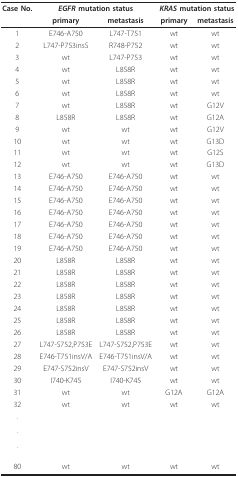
<table><thead><tr><td><b>Case No.</b></td><td colspan="2"><b><i>EGFR </i>mutation status</b></td><td colspan="2"><b><i>KRAS </i>mutation status</b></td></tr><tr><td></td><td><b>primary</b></td><td><b>metastasis</b></td><td><b>primary</b></td><td><b>metastasis</b></td></tr></thead><tbody><tr><td>1</td><td>E746-A750</td><td>L747-T751</td><td>wt</td><td>wt</td></tr><tr><td>2</td><td>L747-P753insS</td><td>R748-P752</td><td>wt</td><td>wt</td></tr><tr><td>3</td><td>wt</td><td>L747-P753</td><td>wt</td><td>wt</td></tr><tr><td>4</td><td>wt</td><td>L858R</td><td>wt</td><td>wt</td></tr><tr><td>5</td><td>wt</td><td>L858R</td><td>wt</td><td>wt</td></tr><tr><td>6</td><td>wt</td><td>L858R</td><td>wt</td><td>wt</td></tr><tr><td>7</td><td>wt</td><td>L858R</td><td>wt</td><td>G12V</td></tr><tr><td>8</td><td>L858R</td><td>L858R</td><td>wt</td><td>G12A</td></tr><tr><td>9</td><td>wt</td><td>wt</td><td>wt</td><td>G12V</td></tr><tr><td>10</td><td>wt</td><td>wt</td><td>wt</td><td>G13D</td></tr><tr><td>11</td><td>wt</td><td>wt</td><td>wt</td><td>G12S</td></tr><tr><td>12</td><td>wt</td><td>wt</td><td>wt</td><td>G13D</td></tr><tr><td>13</td><td>E746-A750</td><td>E746-A750</td><td>wt</td><td>wt</td></tr><tr><td>14</td><td>E746-A750</td><td>E746-A750</td><td>wt</td><td>wt</td></tr><tr><td>15</td><td>E746-A750</td><td>E746-A750</td><td>wt</td><td>wt</td></tr><tr><td>16</td><td>E746-A750</td><td>E746-A750</td><td>wt</td><td>wt</td></tr><tr><td>17</td><td>E746-A750</td><td>E746-A750</td><td>wt</td><td>wt</td></tr><tr><td>18</td><td>E746-A750</td><td>E746-A750</td><td>wt</td><td>wt</td></tr><tr><td>19</td><td>E746-A750</td><td>E746-A750</td><td>wt</td><td>wt</td></tr><tr><td>20</td><td>L858R</td><td>L858R</td><td>wt</td><td>wt</td></tr><tr><td>21</td><td>L858R</td><td>L858R</td><td>wt</td><td>wt</td></tr><tr><td>22</td><td>L858R</td><td>L858R</td><td>wt</td><td>wt</td></tr><tr><td>23</td><td>L858R</td><td>L858R</td><td>wt</td><td>wt</td></tr><tr><td>24</td><td>L858R</td><td>L858R</td><td>wt</td><td>wt</td></tr><tr><td>25</td><td>L858R</td><td>L858R</td><td>wt</td><td>wt</td></tr><tr><td>26</td><td>L858R</td><td>L858R</td><td>wt</td><td>wt</td></tr><tr><td>27</td><td>L747-S752,P753E</td><td>L747-S752,P753E</td><td>wt</td><td>wt</td></tr><tr><td>28</td><td>E746-T751insV/A</td><td>E746-T751insV/A</td><td>wt</td><td>wt</td></tr><tr><td>29</td><td>E747-S752insV</td><td>E747-S752insV</td><td>wt</td><td>wt</td></tr><tr><td>30</td><td>I740-K745</td><td>I740-K745</td><td>wt</td><td>wt</td></tr><tr><td>31</td><td>wt</td><td>wt</td><td>G12A</td><td>G12A</td></tr><tr><td>32</td><td>wt</td><td>wt</td><td>wt</td><td>wt</td></tr><tr><td>.</td><td colspan="4"></td></tr><tr><td>.</td><td colspan="4"></td></tr><tr><td>.</td><td colspan="4"></td></tr><tr><td>80</td><td>wt</td><td>wt</td><td>wt</td><td>wt</td></tr></tbody></table>